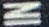
IN